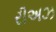
રીઅઝ